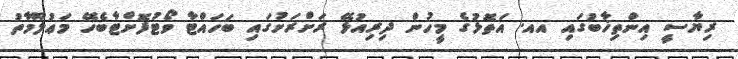
ރިޔާސީ އިންތިޚާބުގައި އއ. އަތޮޅުގެ މީހުން ދިރިއުޅޭ ރަށްރަށުގައި ބަހައްޓާ ވޯޓުފޮށްޓާބެހޭ މަޢުލޫމާތު